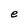
Character: e